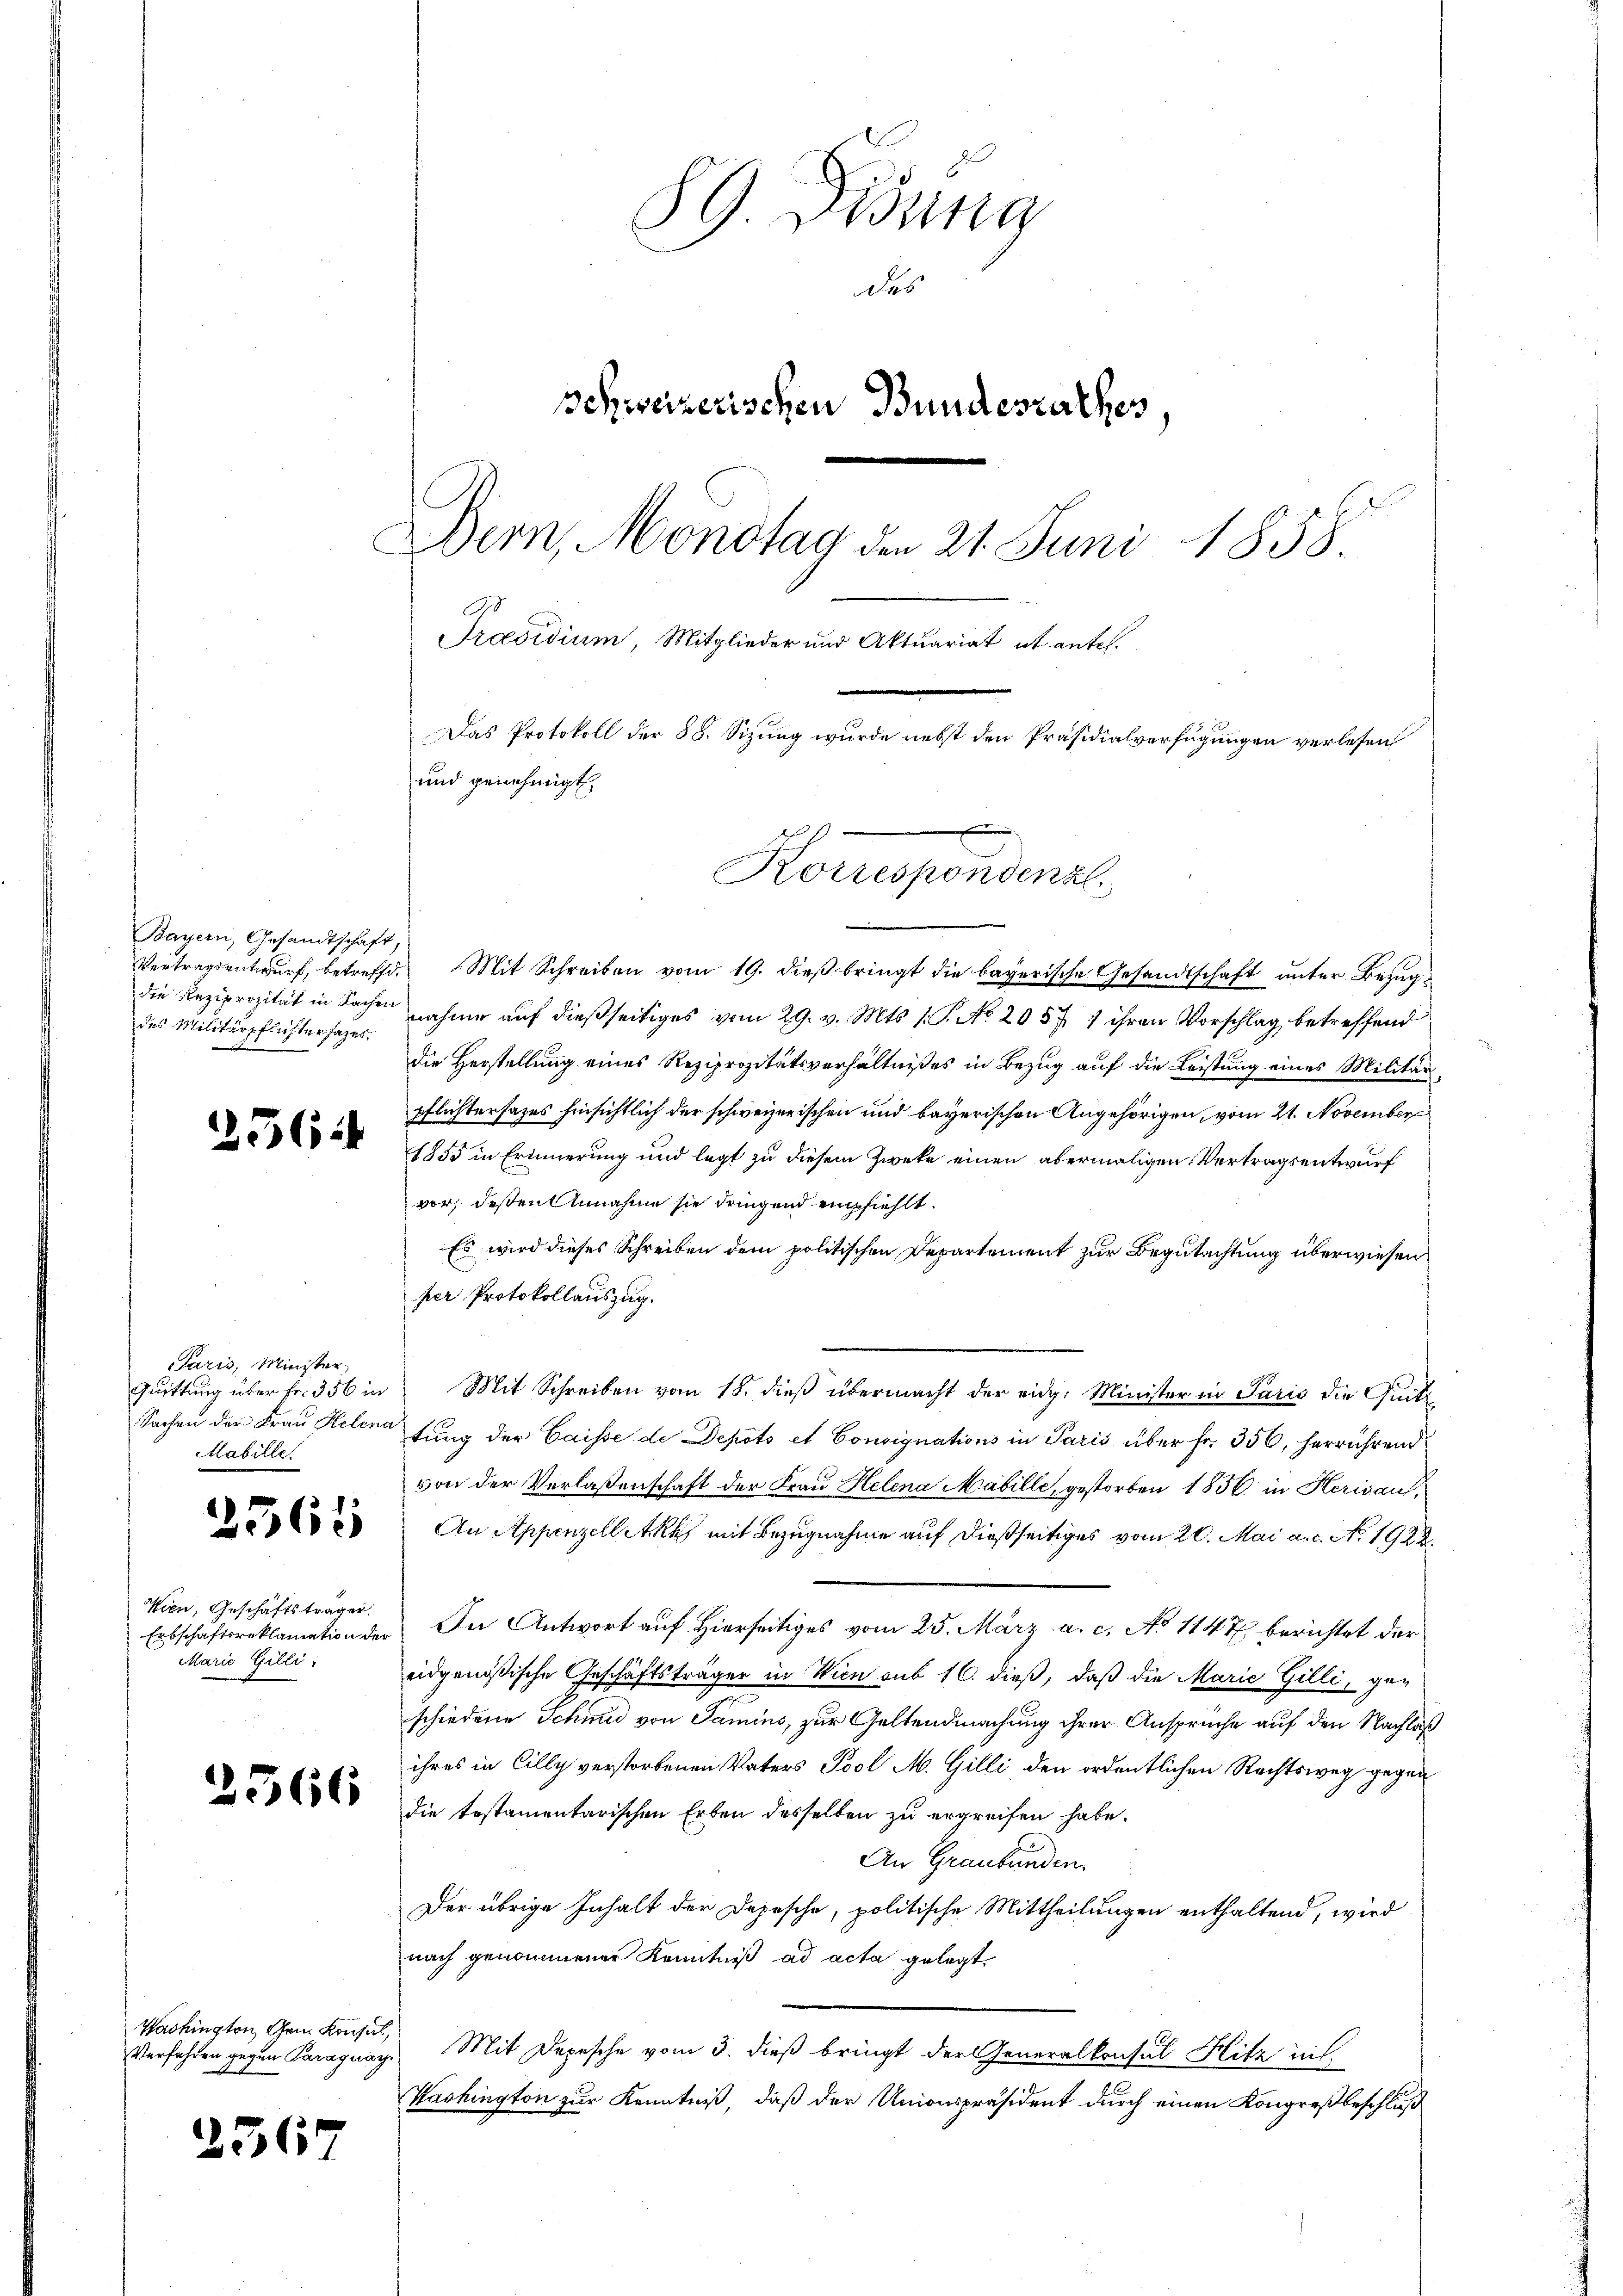
Bayern, Gesandtschaft,
Vertragsentwurf, betreffe
die Reziprozität in Sachen
des Militärpflichtersatzes.

256.

Paris, Minister
Quittung über Fr. 356 in
Sachen der Frau Helena
Mabille.

2561)

Wien, Geschäftsträger
Erbschaftsreklamation der
Marie Gilli

2566

Washington, Gem Konsul,
Verfahren gegen Paragung

33

6

89. Didung
des
Schweizerischen Bundesrathes
Bern, Mondtag den 21. Juni 1858
Präsidium, Mitglieder und Aktuariat it entes.
Das Protokoll der 88. Sizung wurde nebst den Präsidialverfügungen verlesen
und genehmigt.
 |
Korrespondenz

Mit Schreiben vom 19. dieß bringt die bayerische Gesandtschaft unter Bezug
nahme auf dießseitiges vom 29. v. Mts. 1. P. No. 2057 1 ihren Vorschlag, betreffend
Die Herstellung eines Reziprozitätsverhältnißes in Bezug auf die Leistung eines Militär
pflichtersages hinsichtlich der schweizerischen und bayerischen Angehörigen, vom 21. November
1855 in Erinnerung und legt zu diesem Zweke einen abermaligen Vertragsentwurf
vor, deßen Annahme sie dringend empfiehlt.
Es wird dieses Schreiben dem politischen Departement zur Begutachtung überwiesen
per Protokollauszug.
Mit Schreiben vom 18. dieß übermacht der eidg. Minister in Paris die Güte
tung der Caisse de Depots et Consignations in Paris über fr. 356, herrührend
von der Verlaßenschaft der Frau Helena Mabille, gestorben 1856 in Herisau,
An Appenzell Akk mit Bezugnahme auf dießseitiges vom 20. Mai a.c. No. 1922.
In Antwort auf Hierseitiges vom 25. März a. c. No 114 berichtet der
eidgenößische Geschäftsträger in Wien sub 16. dieß, daß die Marie Gilli, geschiedene Schmid von Samins, zur Geltendmachung ihrer Ansprüche auf den Nachlaß
ihres in Cilly verstorbenen Vaters Pool M. Gilli den ordentlichen Rechtsweg gegen
die testamentarischen Erben desselben zu ergreifen habe.
An Graubünden.
Der übrige Inhalt der Depesche, politische Mittheilungen enthaltend, wird
nach genommener Kenntniß ad acta gelegt,
Mit Depesche vom 3. dieß bringt der Generalkonsul Hitz int
Washington zur Kenntniß, daß der Unionspräsident durch einen Kongreßbeschluß